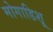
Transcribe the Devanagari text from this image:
मोगाडिशू